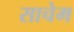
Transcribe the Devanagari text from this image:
साचेम